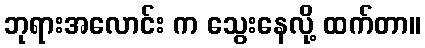
ဘုရားအလောင်း က သွေးနေလို့ ထက်တာ။